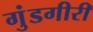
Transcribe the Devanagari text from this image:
गुंडगीरी